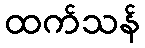
ထက်သန်